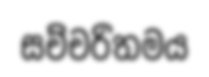
සච්චරිතමය